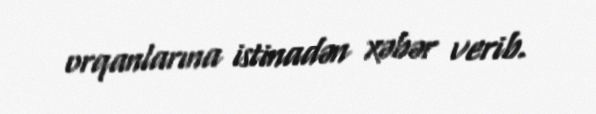
orqanlarına istinadən xəbər verib.